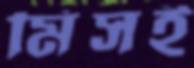
মিসই